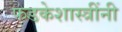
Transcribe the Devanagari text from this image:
फडकेशास्त्रींनी